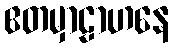
ဧတမှာဠာဟနေ